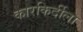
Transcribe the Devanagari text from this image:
कारकिर्दीला